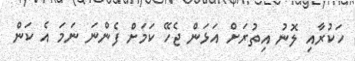
ހަކުރާއި ލޮނު އިތުރަށް އަޅަން ޖެހޭ ކަމަށް ފެންނަ ނަމަ އެ ކަން